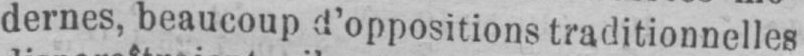
dernes, beaucoup d’oppositions traditionnelles